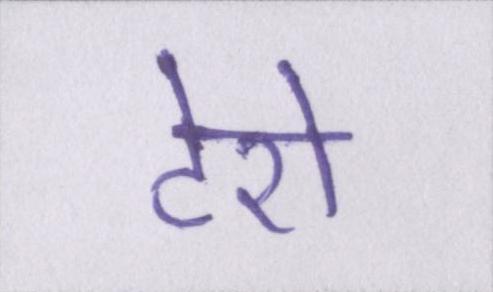
टेरो